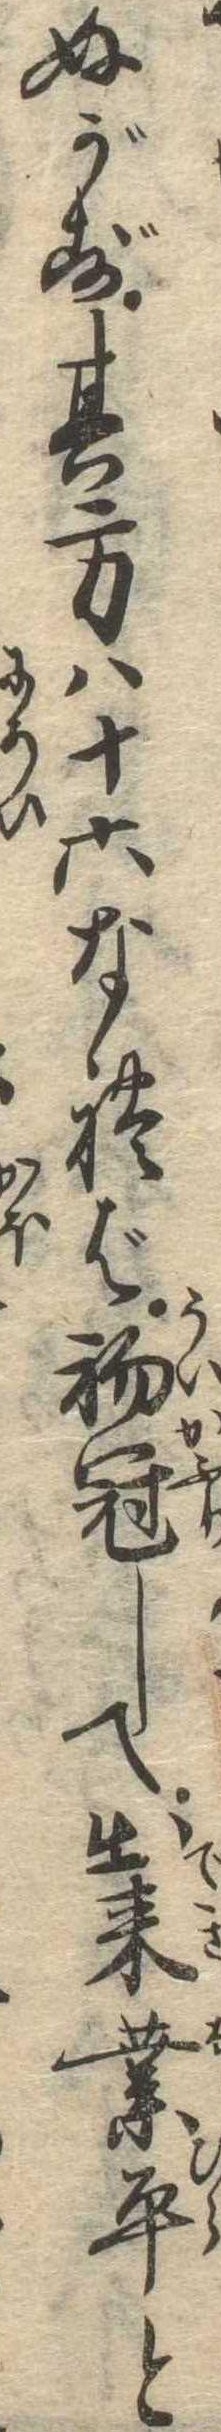
ぬがず其方は十六なれば初冠して出来業平と